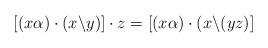
LaTeX: \begin{align*}[(x\alpha)\cdot (x\backslash y)]\cdot z = [(x\alpha)\cdot(x\backslash (yz)]\end{align*}